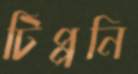
টিপ্পনি